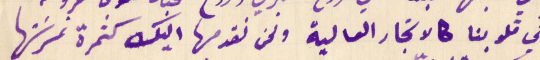
في قلوبنا كالاشجار العالية ونحن نقدمها اليك كثمرة غرسَتها